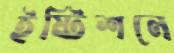
ইষ্টিশনে